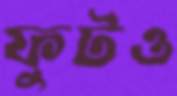
ফুটও